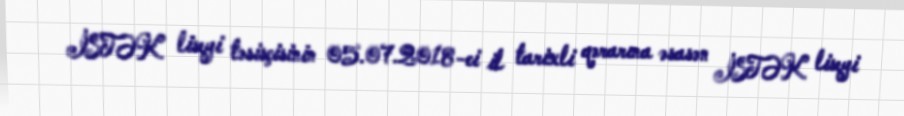
İSTƏK liseyi təsisçisinin 05.07.2018-ci il tarixli qərarına əsasən İSTƏK liseyi